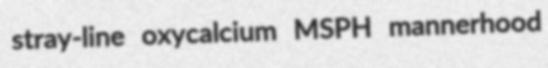
stray-line oxycalcium MSPH mannerhood